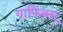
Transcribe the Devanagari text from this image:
ग्राफिक्स्